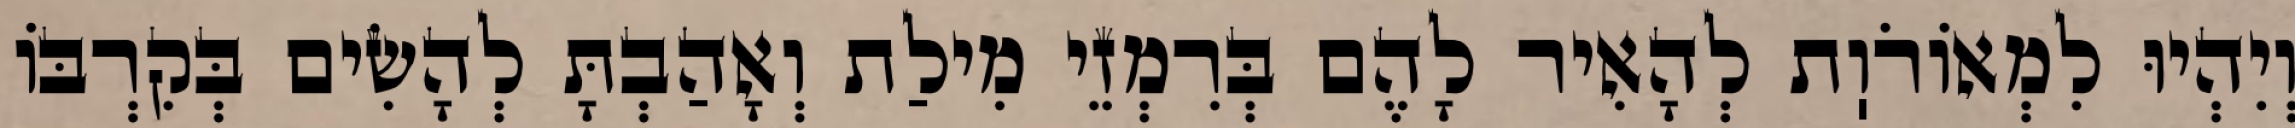
וְיִהְיוּ לִמְאוֹרֹוֽת לְהָאִיר לָהֶם בְּרִמְזֵי מִילַת וְאָהַבְתָּ לְהָשִׂים בְּקִרְבּוֹ